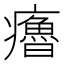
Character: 𤻼